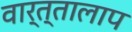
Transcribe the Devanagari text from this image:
वार्त्तालाप